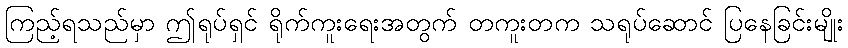
ကြည့်ရသည်မှာ ဤရုပ်ရှင် ရိုက်ကူးရေးအတွက် တကူးတက သရုပ်ဆောင် ပြနေခြင်းမျိုး